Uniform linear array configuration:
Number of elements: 48
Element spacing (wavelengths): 1
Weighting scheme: hann
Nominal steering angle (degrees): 45
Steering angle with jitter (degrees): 45.08
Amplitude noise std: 0.05
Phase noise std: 0.05

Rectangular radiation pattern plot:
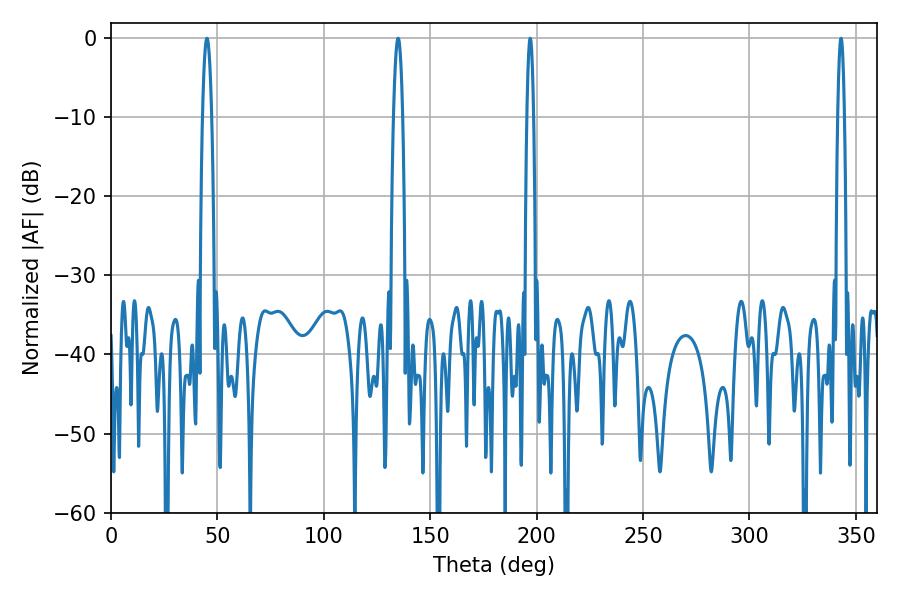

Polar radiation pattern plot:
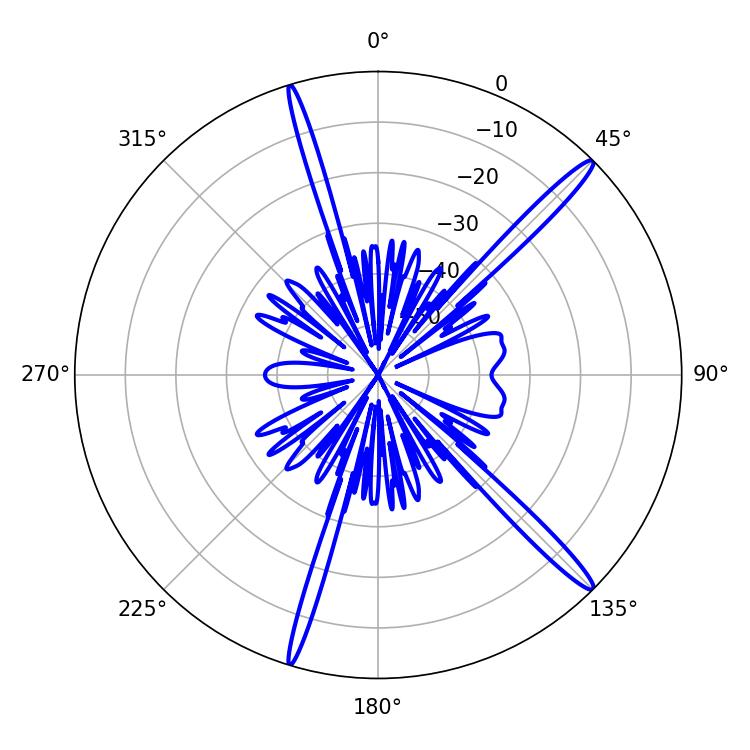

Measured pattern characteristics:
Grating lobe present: TRUE
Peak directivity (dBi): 16.488
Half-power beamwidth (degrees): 1.62
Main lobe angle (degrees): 196.92